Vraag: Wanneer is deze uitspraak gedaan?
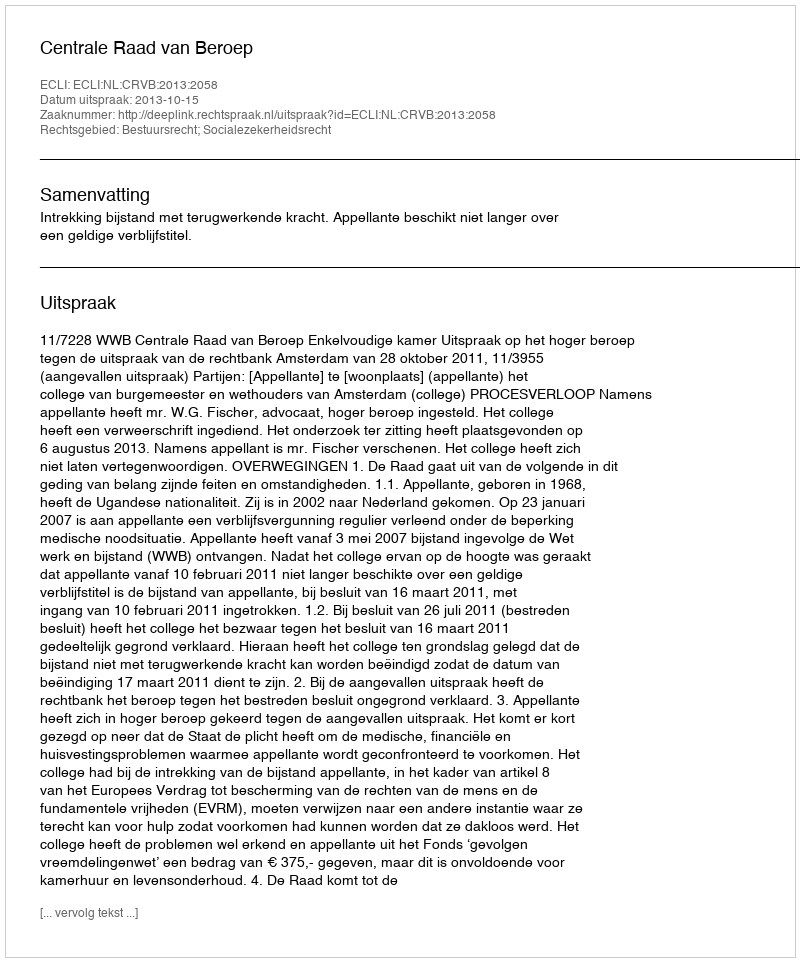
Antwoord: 2013-10-15